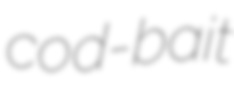
cod-bait